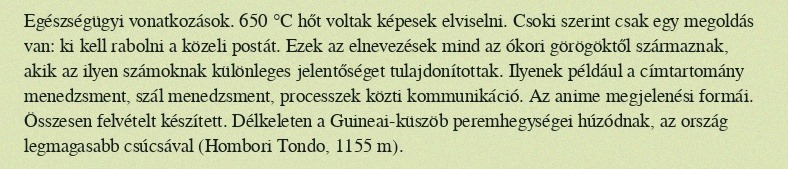
Egészségügyi vonatkozások. 650 °C hőt voltak képesek elviselni. Csoki szerint csak egy megoldás van: ki kell rabolni a közeli postát. Ezek az elnevezések mind az ókori görögöktől származnak, akik az ilyen számoknak különleges jelentőséget tulajdonítottak. Ilyenek például a címtartomány menedzsment, szál menedzsment, processzek közti kommunikáció. Az anime megjelenési formái. Összesen felvételt készített. Délkeleten a Guineai-küszöb peremhegységei húzódnak, az ország legmagasabb csúcsával (Hombori Tondo, 1155 m).